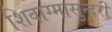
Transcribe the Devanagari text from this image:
शिवाग्मासुन्दरी